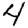
Digit: 4